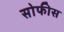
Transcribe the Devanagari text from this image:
सोफीस